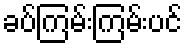
ခပ်ကြမ်းကြမ်းပင်